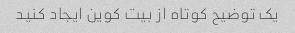
یک توضیح کوتاه از بیت کوین ایجاد کنید